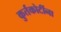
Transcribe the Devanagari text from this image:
कुर्तकोटींना